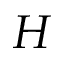
H